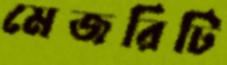
মেজরিটি